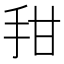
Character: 𰓍